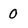
Character: 0